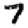
Digit: 7